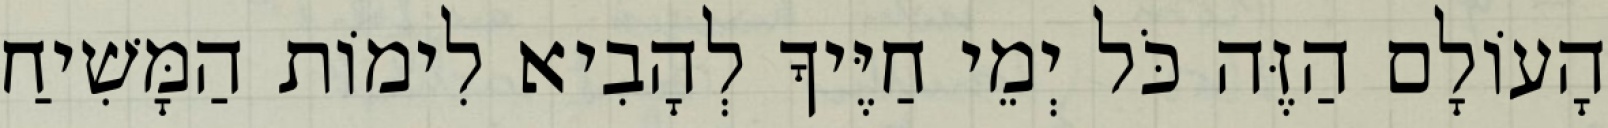
הָעוֹלָם הַזֶּה כֹּל יְמֵי חַיֶּיךָ לְהָבִיא לִימוֹת הַמָּשִׁיחַ